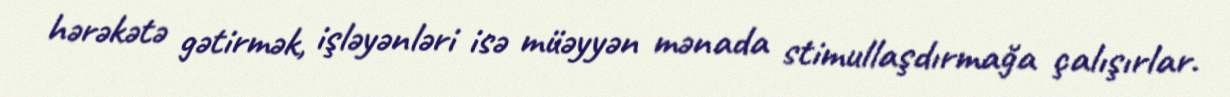
hərəkətə gətirmək, işləyənləri isə müəyyən mənada stimullaşdırmağa çalışırlar.